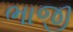
ભાજી